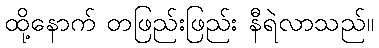
ထို့နောက် တဖြည်းဖြည်း နီရဲလာသည်။